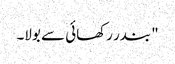
" بندر رکھائی سے بولا۔